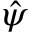
\hat { \psi }